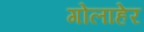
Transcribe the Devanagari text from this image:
गोलाहेर